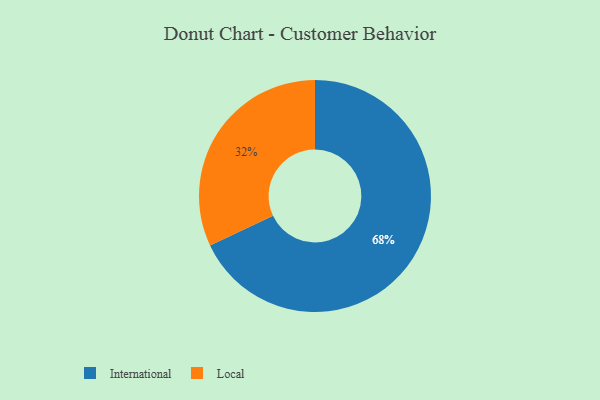
{"axis": {"x": "Category", "y": "Percentage"}, "legend": ["International", "Local"], "data": [{"x": "International", "y": 68, "type": "International"}, {"x": "Local", "y": 32, "type": "Local"}]}